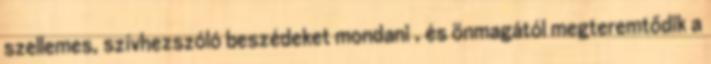
szellemes, szívhezszóló beszédeket mondani , és önmagától megteremtődik a